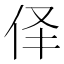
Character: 𱎪